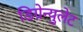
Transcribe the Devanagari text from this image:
डिग्रेन्युलेट